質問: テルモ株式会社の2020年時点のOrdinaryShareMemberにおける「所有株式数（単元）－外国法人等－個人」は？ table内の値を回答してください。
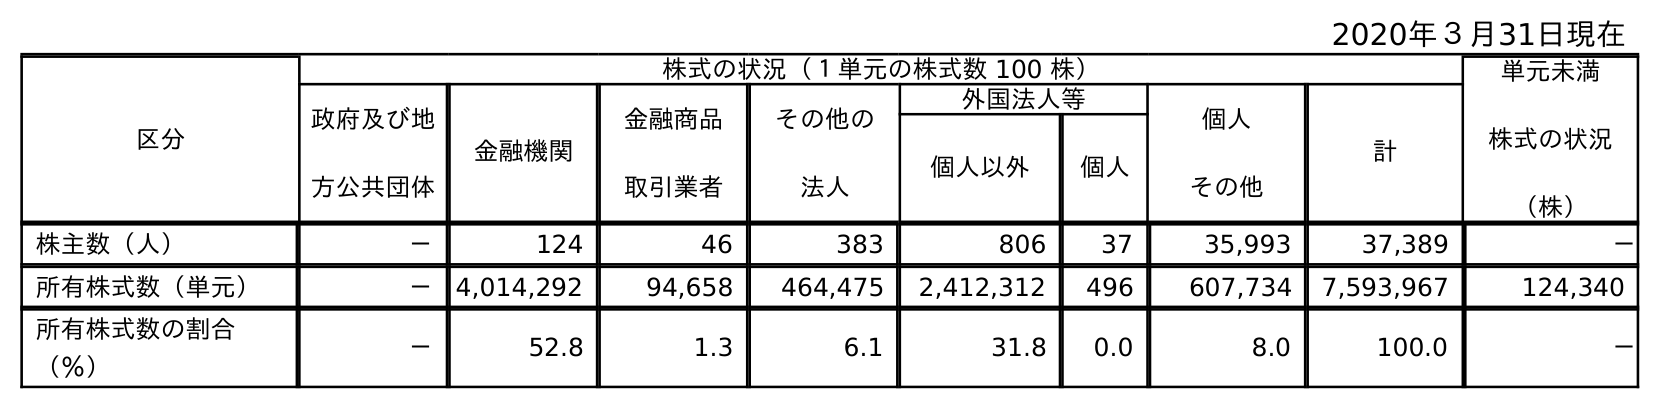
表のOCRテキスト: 2020年３月31日現在 区分 株式の状況（１単元の株式数 100 株） 単元未満 株式の状況 （株） 政府及び地 方公共団体 金融機関 金融商品 取引業者 その他の 法人 外国法人等 個人 その他 計 個人以外 個人 株主数（人） － 124 46 383 806 37 35,993 37,389 － 所有株式数（単元） － 4,014,292 94,658 464,475 2,412,312 496 607,734 7,593,967 124,340 所有株式数の割合 （％） － 52.8 1.3 6.1 31.8 0.0 8.0 100.0 －
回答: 496